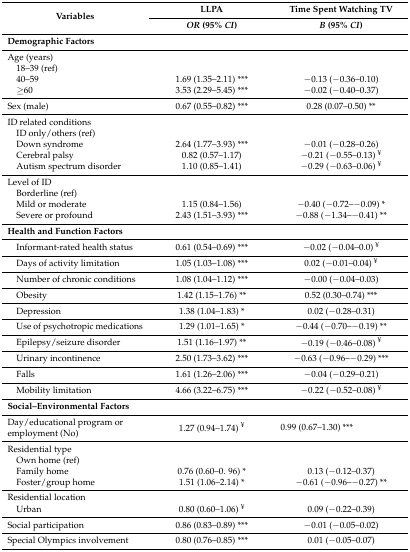
<table><thead><tr><td rowspan="2"><b>Variables</b></td><td><b>LLPA</b></td><td><b>Time Spent Watching TV</b></td></tr><tr><td><b><i>OR</i> (95% <i>CI</i>)</b></td><td><b><i>B</i> (95% <i>CI</i>)</b></td></tr></thead><tbody><tr><td><b>Demographic Factors</b></td><td></td><td></td></tr><tr><td> Age (years)</td><td></td><td></td></tr><tr><td> 18–39 (ref)</td><td></td><td></td></tr><tr><td> 40–59</td><td>1.69 (1.35–2.11) ***</td><td>−0.13 (−0.36–0.10)</td></tr><tr><td> ≥60</td><td>3.53 (2.29–5.45) ***</td><td>−0.02 (−0.40–0.37)</td></tr><tr><td> Sex (male)</td><td>0.67 (0.55–0.82) ***</td><td>0.28 (0.07–0.50) **</td></tr><tr><td> ID related conditions</td><td></td><td></td></tr><tr><td> ID only/others (ref)</td><td></td><td></td></tr><tr><td> Down syndrome</td><td>2.64 (1.77–3.93) ***</td><td>−0.01 (−0.28–0.26)</td></tr><tr><td> Cerebral palsy</td><td>0.82 (0.57–1.17)</td><td>−0.21 (−0.55–0.13) <sup>¥</sup></td></tr><tr><td> Autism spectrum disorder</td><td>1.10 (0.85–1.41)</td><td>−0.29 (−0.63–0.06) <sup>¥</sup></td></tr><tr><td> Level of ID</td><td></td><td></td></tr><tr><td> Borderline (ref)</td><td></td><td></td></tr><tr><td> Mild or moderate</td><td>1.15 (0.84–1.56)</td><td>−0.40 (−0.72–−0.09) *</td></tr><tr><td> Severe or profound</td><td>2.43 (1.51–3.93) ***</td><td>−0.88 (−1.34–−0.41) **</td></tr><tr><td><b>Health and Function Factors</b></td><td></td><td></td></tr><tr><td> Informant-rated health status</td><td>0.61 (0.54–0.69) ***</td><td>−0.02 (−0.04–0.0) <sup>¥</sup></td></tr><tr><td> Days of activity limitation</td><td>1.05 (1.03–1.08) ***</td><td>0.02 (−0.01–0.04) <sup>¥</sup></td></tr><tr><td> Number of chronic conditions</td><td>1.08 (1.04–1.12) ***</td><td>−0.00 (−0.04–0.03)</td></tr><tr><td> Obesity</td><td>1.42 (1.15–1.76) **</td><td>0.52 (0.30–0.74) ***</td></tr><tr><td> Depression</td><td>1.38 (1.04–1.83) *</td><td>0.02 (−0.28–0.31)</td></tr><tr><td> Use of psychotropic medications</td><td>1.29 (1.01–1.65) *</td><td>−0.44 (−0.70–−0.19) **</td></tr><tr><td> Epilepsy/seizure disorder</td><td>1.51 (1.16–1.97) **</td><td>−0.19 (−0.46–0.08) <sup>¥</sup></td></tr><tr><td> Urinary incontinence</td><td>2.50 (1.73–3.62) ***</td><td>−0.63 (−0.96–−0.29) ***</td></tr><tr><td> Falls</td><td>1.61 (1.26–2.06) ***</td><td>−0.04 (−0.29–0.21)</td></tr><tr><td> Mobility limitation</td><td>4.66 (3.22–6.75) ***</td><td>−0.22 (−0.52–0.08) <sup>¥</sup></td></tr><tr><td colspan="3"><b>Social–Environmental Factors</b></td></tr><tr><td> Day/educational program or employment (No)</td><td>1.27 (0.94–1.74) <sup>¥</sup></td><td>0.99 (0.67–1.30) ***</td></tr><tr><td> Residential type</td><td></td><td></td></tr><tr><td> Own home (ref)</td><td></td><td></td></tr><tr><td> Family home</td><td>0.76 (0.60–0. 96) *</td><td>0.13 (−0.12–0.37)</td></tr><tr><td> Foster/group home</td><td>1.51 (1.06–2.14) *</td><td>−0.61 (−0.96–−0.27) **</td></tr><tr><td> Residential location</td><td></td><td></td></tr><tr><td> Urban</td><td>0.80 (0.60–1.06) <sup>¥</sup></td><td>0.09 (−0.22–0.39)</td></tr><tr><td> Social participation</td><td>0.86 (0.83–0.89) ***</td><td>−0.01 (−0.05–0.02)</td></tr><tr><td> Special Olympics involvement</td><td>0.80 (0.76–0.85) ***</td><td>0.01 (−0.05–0.07)</td></tr></tbody></table>